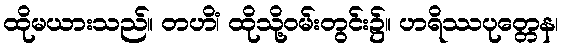
ထိုမယားသည်။ တဟိံ၊ ထိုသို့ဝမ်းတွင်း၌။ ဟရိဿပုတ္တေန၊